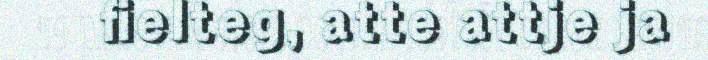
fielteg, atte attje ja